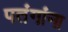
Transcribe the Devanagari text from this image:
पतंगांना